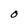
Character: O